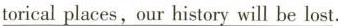
\underline{torical places,our history will be lost}.